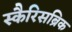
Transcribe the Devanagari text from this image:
स्कैरिसब्रिक